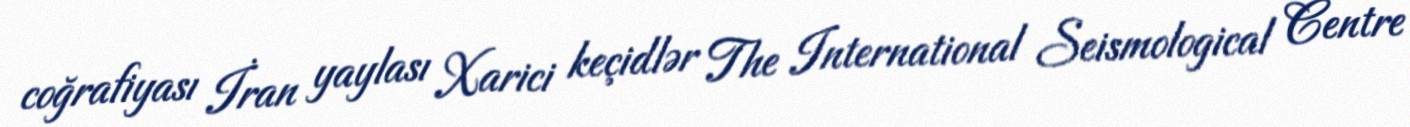
coğrafiyası İran yaylası Xarici keçidlər The International Seismological Centre